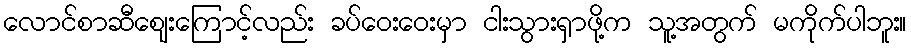
လောင်စာဆီဈေးကြောင့်လည်း ခပ်ဝေးဝေးမှာ ငါးသွားရှာဖို့က သူ့အတွက် မကိုက်ပါဘူး။